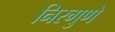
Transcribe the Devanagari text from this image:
निरगुणे